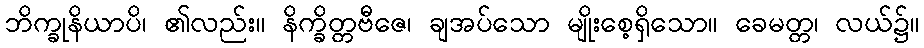
ဘိက္ခုနိယာပိ၊ ၏လည်း။ နိက္ခိတ္တဗီဇေ၊ ချအပ်သော မျိုးစေ့ရှိသော။ ခေမတ္တ၊ လယ်၌။